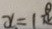
x = 1 8